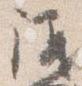
議